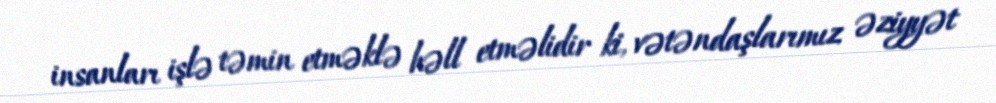
insanları işlə təmin etməklə həll etməlidir ki, vətəndaşlarımız əziyyət